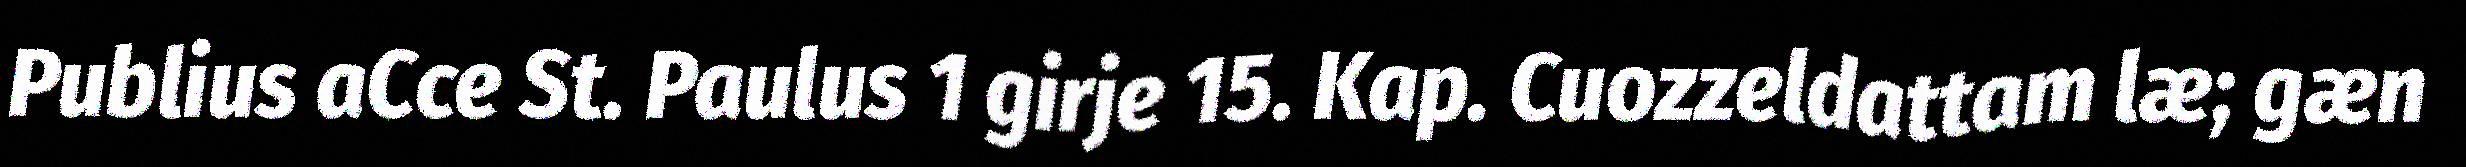
Publius aCce St. Paulus 1 girje 15. Kap. Cuozzeldattam læ; gæn